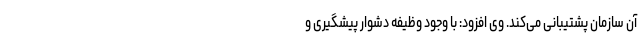
آن سازمان پشتیبانی می‌کند. وی افزود: با وجود وظیفه دشوار پیشگیری و